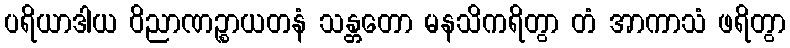
ပရိယာဒါယ ဝိညာဏဉ္စာယတနံ သန္တတော မနသိကရိတွာ တံ အာကာသံ ဖရိတွာ